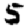
Digit: 5